Report on vaccination in Madras 1877-1894 - 1877-1894
Year: 1877
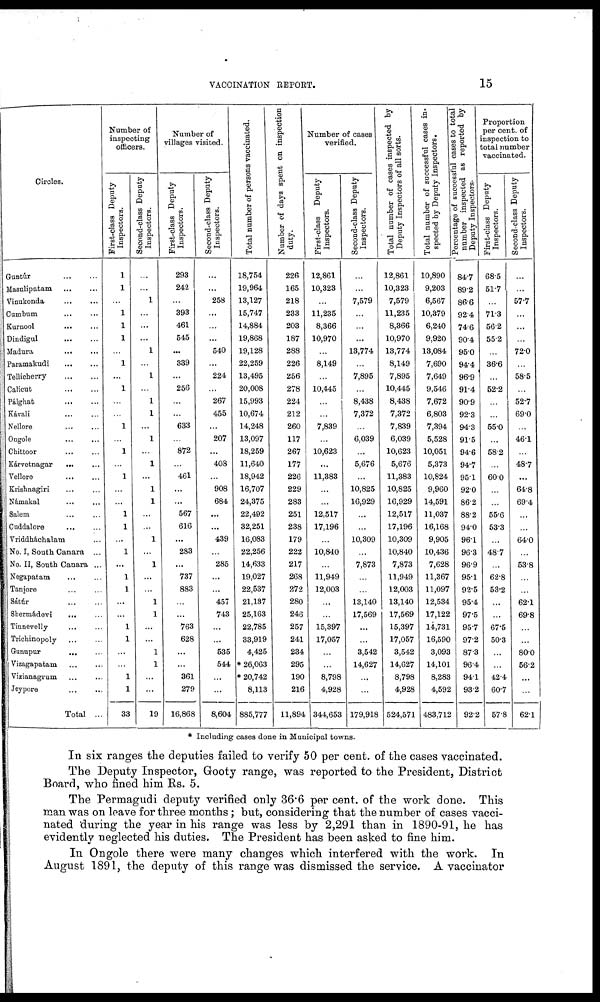
VACCINATION REPORT.
15
Circles.
Guntúr
...
...
Masulipatam
...
...
Vinukonda
...
...
Cumbum ... ...
Kurnool
...
...
Dindigul
...
...
Madura
...
...
Paramakudi
...
...
Tellicherry
...
...
Calicut
...
...
Pálghat
...
...
Kávali
...
...
Nellore
...
...
Ongole ... ...
Chittoor ... ...
Kárvetnagar
... ...
Vellore
...
...
Krishnagiri ... ...
Námakal ... ...
Salem ... ...
Cuddalore
...
...
Vriddháchalam ...
No. I, South Canara ...
No. II, South Canara ...
Negapatam
...
...
Tanjore ... ...
Sátúr
...
...
Shermádevi
... ...
Tinnevelly ... ...
Trichinopoly ... ...
Gunupur
...
...
Vizagapatam
...
...
Vizianagrum ... ...
Jeypore
...
...
Total ...
Number of
inspecting
officers.
First-class Deputy
Inspectors.
1
1
...
1
1
1
...
1
...
1
...
...
1
...
1
...
1
...
...
1
1
...
1
...
1
1
...
...
1
1
...
...
1
1
33
Second-class Deputy
Inspectors.
...
...
1
...
...
...
1
...
1
...
1
1
...
1
...
1
...
1
1
...
...
1
...
1
...
...
1
1
...
...
1
1
...
...
19
Number of
villages visited.
First-class Deputy
Inspectors.
293
242
...
393
461
545
...
339
...
256
...
...
633
...
872
...
461
...
...
567
616
...
283
...
737
883
...
...
763
628
...
...
361
279
16,868
Second-class Deputy
Inspectors.
...
...
258
...
...
...
540
...
224
...
267
455
...
207
...
408
...
908
684
...
...
439
...
285
...
...
457
743
...
...
535
544
...
...
8,604
Total number of persons vaccinated.
18,754
19,964
13,127
15,747
14,884
19,868
19,128
22,259
13,495
20,008
15,993
10,674
14,248
13,097
18,259
11,640
18,942
16,707
24,375
22,492
32,251
16,083
22,256
14,633
19,027
22,537
21,137
25,163
22,785
33,919
4,425
* 26,063
* 20,742
8,113
885,777
Number of days spent on inspection
duty.
226
165
218
233
203
187
288
226
256
278
224
212
260
117
267
177
226
229
283
251
238
179
222
217
268
272
280
246
257
241
234
295
190
216
11,894
Number of cases
verified.
First-class Deputy
Inspectors.
12,861
10,323
...
11,235
8,366
10,970
...
8,149
...
10,445
...
...
7,839
...
10,623
...
11,383
...
...
12,517
17,196
...
10,840
...
11,949
12,003
...
...
15,397
17,057
...
...
8,798
4,928
344,653
Second-class Deputy
Inspectors.
...
...
7,579
...
...
...
13,774
...
7,895
...
8,438
7,372
...
6,039
...
5,676
...
10,825
16,929
...
...
10,309
...
7,873
...
...
13,140
17,569
...
...
3,542
14,627
...
...
179,918
Total number of cases inspected by
Deputy Inspectors of all sorts.
12,861
10,323
7,579
11,235
8,366
10,970
13,774
8,149
7,895
10,445
8,438
7,372
7,839
6,039
10,623
5,676
11,383
10,825
16,929
12,517
17,196
10,309
10,840
7,873
11,949
12,003
13,140
17,569
15,397
17,057
3,542
14,627
8,798
4,928
524,571
Total number of successful cases in-
spected by Deputy Inspectors.
10,890
9,203
6,567
10,379
6,240
9,920
13,084
7,690
7,649
9,546
7,672
6,803
7,394
5,528
10,051
5,373
10,824
9,960
14,591
11,037
16,168
9,905
10,436
7,628
11,367
11,097
12,534
17,122
14,731
16,590
3,093
14,101
8,283
4,592
483,712
Percentage of successful cases to total
number inspected as reported by
Deputy Inspectors.
84.7
89.2
86.6
92.4
74.6
90.4
95.0
94.4
96.9
91.4
90.9
92.3
94.3
91.5
94.6
94.7
95.1
92.0
86.2
88.2
94.0
96.1
96.3
96.9
95.1
92.5
95.4
97.5
95.7
97.2
87.3
96.4
94.1
93.2
92.2
Proportion
per cent. of
inspection to
total number
vaccinated.
First-class Deputy
Inspectors.
68.5
51.7
...
71.3
56.2
55.2
...
36.6
...
52.2
...
...
55.0
...
58.2
...
60.0
...
...
55.6
53.3
...
48.7
...
62.8
53.2
...
...
67.5
50.3
...
...
42.4
60.7
57.8
Second-class Deputy
Inspectors.
...
...
57.7
...
...
...
72.0
...
58.5
...
52.7
69.0
...
46.1
...
48.7
...
64.8
69.4
...
...
64.0
...
53.8
...
...
62.1
69.8
...
...
80.0
56.2
...
...
62.1
* Including cases done in Municipal towns.
In six ranges the deputies failed to verify 50 per cent. of the cases vaccinated.
The Deputy Inspector, Gooty range, was reported to the President, District
Board, who fined him Rs. 5.
The Permagudi deputy verified only 36.6 per cent. of the work done. This
man was on leave for three months; but, considering that the number of cases vacci-
nated during the year in his range was less by 2,291 than in 1890-91, he has
evidently neglected his duties. The President has been asked to fine him.
In Ongole there were many changes which interfered with the work. In
August 1891, the deputy of this range was dismissed the service. A vaccinator